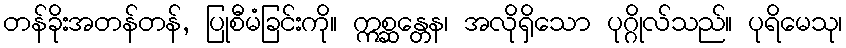
တန်ခိုးအတန်တန်, ပြုစီမံခြင်းကို။ ဣစ္ဆန္တေန၊ အလိုရှိသော ပုဂ္ဂိုလ်သည်။ ပုရိမေသု၊